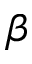
\beta